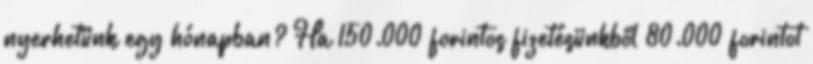
nyerhetünk egy hónapban? Ha 150.000 forintos fizetésünkből 80.000 forintot